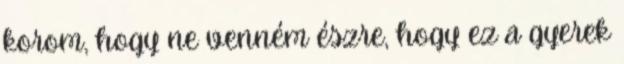
korom, hogy ne venném észre, hogy ez a gyerek